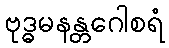
ဗုဒ္ဓမနန္တဂေါစရံ